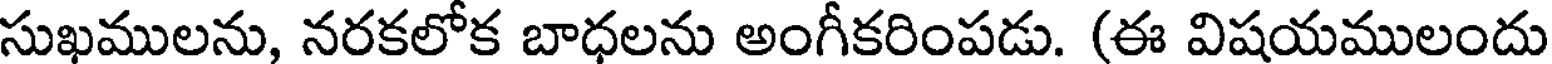
సుఖములను, నరకలోక బాధలను అంగీకరింపడు. (ఈ విషయములందు